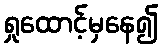
ရှုထောင့်မှနေ၍